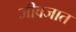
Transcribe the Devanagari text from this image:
जीवजात